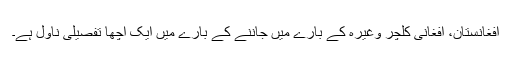
افغانستان، افغانی کلچر وغیرہ کے بارے میں جاننے کے بارے میں ایک اچھا تفصیلی ناول ہے۔